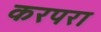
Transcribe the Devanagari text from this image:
करपरा